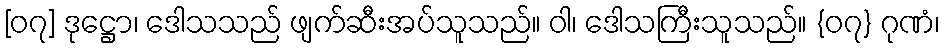
[၀၇] ဒုဋ္ဌော၊ ဒေါသသည် ဖျက်ဆီးအပ်သူသည်။ ဝါ၊ ဒေါသကြီးသူသည်။ {၀၇} ဂုဏံ၊